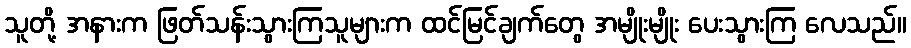
သူတို့ အနားက ဖြတ်သန်းသွားကြသူများက ထင်မြင်ချက်တွေ အမျိုးမျိုး ပေးသွားကြ လေသည်။